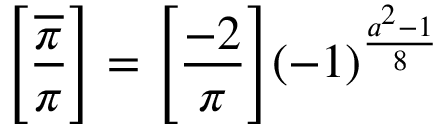
{ \Bigg [ } { \frac { \overline { { \pi } } } { \pi } } { \Bigg ] } = { \Bigg [ } { \frac { - 2 } { \pi } } { \Bigg ] } ( - 1 ) ^ { \frac { a ^ { 2 } - 1 } { 8 } }